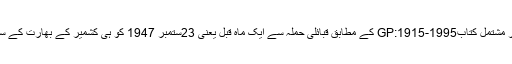
جی پارتھا سارتھی کی یاداشتوں پر مشتمل کتابGP:1915-1995 کے مطابق قبائلی حملہ سے ایک ماہ قبل یعنی 23ستمبر 1947 کو ہی کشمیر کے بھارت کے ساتھ الحاق کی بساط بچھ چکی تھی۔